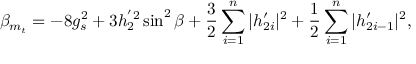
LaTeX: \beta _ { m _ { t } } = - 8 g _ { s } ^ { 2 } + 3 h _ { 2 } ^ { ' 2 } \sin ^ { 2 } \beta + \frac { 3 } { 2 } \sum _ { i = 1 } ^ { n } | h _ { 2 i } ^ { \prime } | ^ { 2 } + \frac { 1 } { 2 } \sum _ { i = 1 } ^ { n } | h _ { 2 i - 1 } ^ { \prime } | ^ { 2 } ,